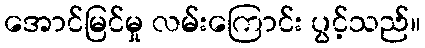
အောင်မြင်မှု လမ်းကြောင်း ပွင့်သည်။